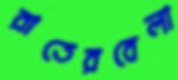
রাতেরবেলা